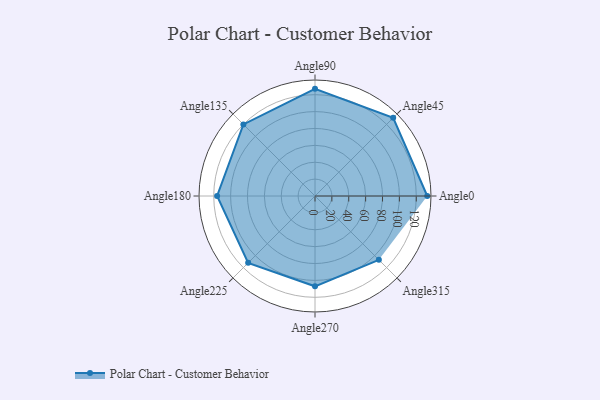
{"axis": {"x": "Angle", "y": "Radius"}, "legend": [""], "data": [{"x": "Angle0", "y": 133.0, "type": ""}, {"x": "Angle45", "y": 131.0, "type": ""}, {"x": "Angle90", "y": 127.0, "type": ""}, {"x": "Angle135", "y": 120.0, "type": ""}, {"x": "Angle180", "y": 116.0, "type": ""}, {"x": "Angle225", "y": 112.0, "type": ""}, {"x": "Angle270", "y": 107.0, "type": ""}, {"x": "Angle315", "y": 107.0, "type": ""}]}